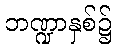
ဘဏ္ဍာနှစ်၌